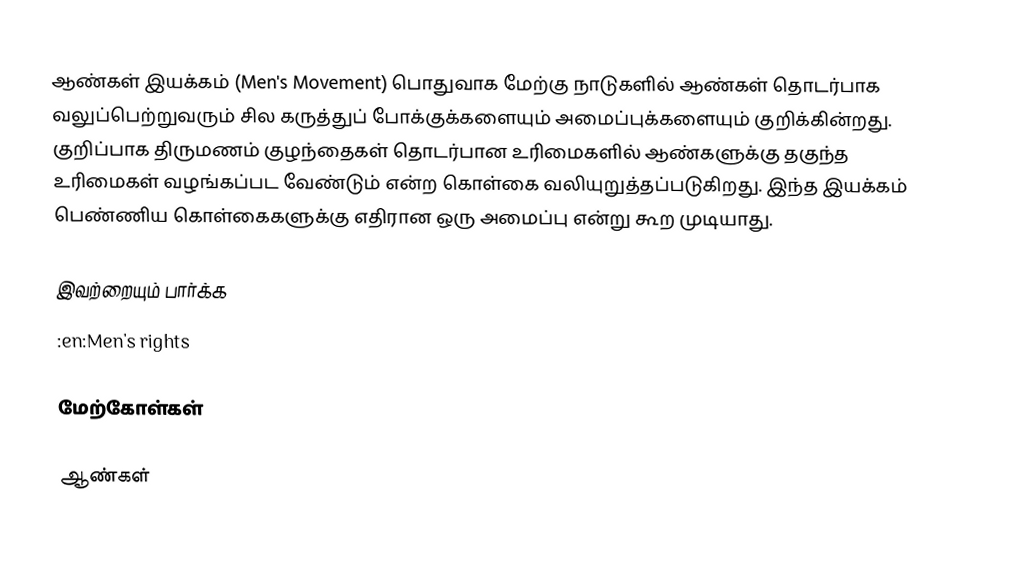
ஆண்கள் இயக்கம் (Men's Movement) பொதுவாக மேற்கு நாடுகளில் ஆண்கள் தொடர்பாக வலுப்பெற்றுவரும் சில கருத்துப் போக்குக்களையும் அமைப்புக்களையும் குறிக்கின்றது. குறிப்பாக திருமணம் குழந்தைகள் தொடர்பான உரிமைகளில் ஆண்களுக்கு தகுந்த உரிமைகள் வழங்கப்பட வேண்டும் என்ற கொள்கை வலியுறுத்தப்படுகிறது. இந்த இயக்கம் பெண்ணிய கொள்கைகளுக்கு எதிரான ஒரு அமைப்பு என்று கூற முடியாது.

இவற்றையும் பார்க்க
:en:Men's rights

மேற்கோள்கள்

ஆண்கள்